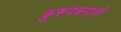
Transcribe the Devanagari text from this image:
कुरूंदकरांशी